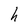
Character: h